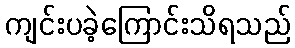
ကျင်းပခဲ့ကြောင်းသိရသည်